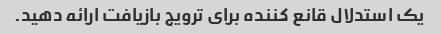
یک استدلال قانع کننده برای ترویج بازیافت ارائه دهید.